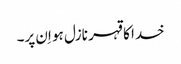
خدا کا قہر نازل ہو اِن پر۔